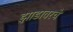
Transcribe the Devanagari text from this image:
झाडावरचे